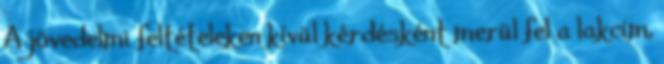
A jövedelmi feltételeken kívül kérdésként merül fel a lakcím,